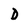
Character: D